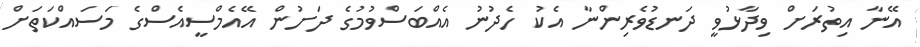
އޭނާ އިތުރަށް ވިދާޅުވީ ދަނޑުވެރިންނާ އެކު ހެދުނު އެއްބަސްވުމުގެ ދަށުން އޭއެމްސީއެސްގެ މަސައްކަތަށް